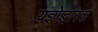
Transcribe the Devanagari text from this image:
यज्ञोद्धारक